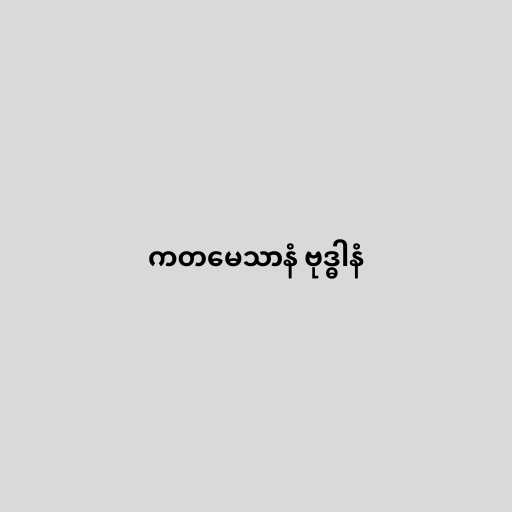
ကတမေသာနံ ဗုဒ္ဓါနံ